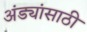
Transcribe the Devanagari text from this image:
अंड्यांसाठी